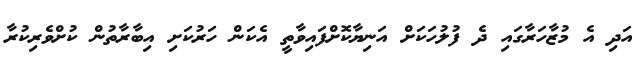
އަދި އެ މުޒާހަރާގައި ދެ ފުލުހަކަށް އަނިޔާކޮށްފައިވާތީ އެކަން ހަރުކަށި އިބާރާތުން ކުށްވެރިކުރާ